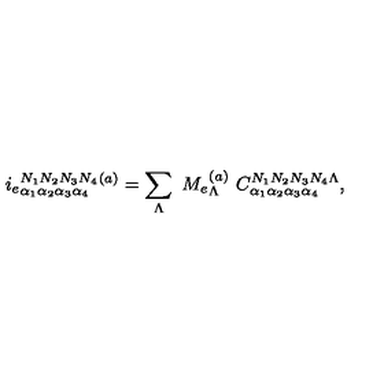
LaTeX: i _ { e } { } _ { \alpha _ { 1 } \alpha _ { 2 } \alpha _ { 3 } \alpha _ { 4 } } ^ { N _ { 1 } N _ { 2 } N _ { 3 } N _ { 4 } } { } ^ { ( a ) } = \sum _ { \Lambda } \ M _ { e } { } _ { \Lambda } ^ { ( a ) } \ { C } _ { \alpha _ { 1 } \alpha _ { 2 } \alpha _ { 3 } \alpha _ { 4 } } ^ { N _ { 1 } N _ { 2 } N _ { 3 } N _ { 4 } \Lambda } ,